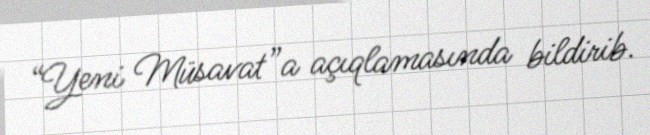
“Yeni Müsavat”a açıqlamasında bildirib.